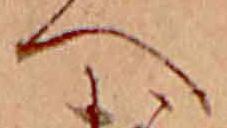
へ